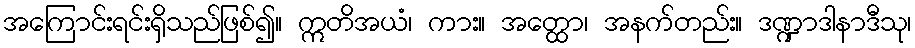
အကြောင်းရင်းရှိသည်ဖြစ်၍။ ဣတိအယံ၊ ကား။ အတ္ထော၊ အနက်တည်း။ ဒဏ္ဍာဒါနာဒီသု၊